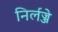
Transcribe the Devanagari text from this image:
निर्लज्जे